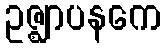
ဥဇ္ဈာပနကေ